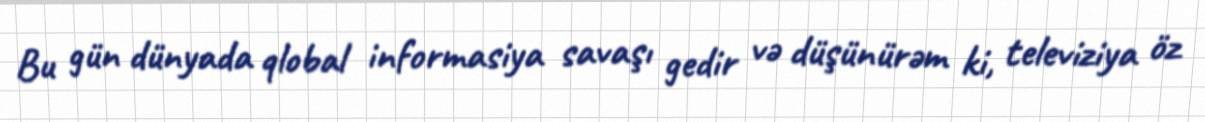
Bu gün dünyada qlobal informasiya savaşı gedir və düşünürəm ki, televiziya öz